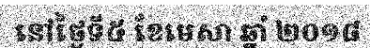
នៅថ្ងៃទី៥ ខែមេសា ឆ្នាំ ២០១៨